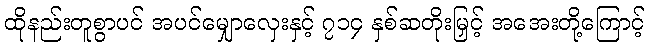
ထိုနည်းတူစွာပင် အပင်မျှောလှေးနှင့် ၇၁၄ နှစ်ဆတိုးမြှင့် အအေးတို့ကြောင့်